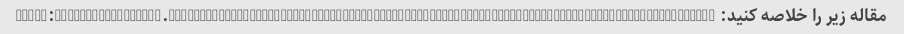
مقاله زیر را خلاصه کنید: https://theconversation.com/fracking-uses-a-lot-of-water-our-research-suggests-a-way-to-reduce-the-impact-140414